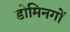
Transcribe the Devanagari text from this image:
डोमिनगों